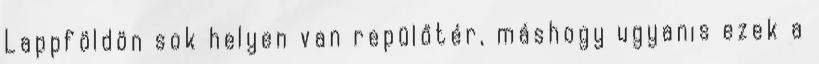
Lappföldön sok helyen van repülőtér, máshogy ugyanis ezek a